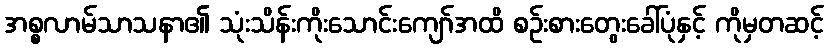
အစ္စလာမ်သာသနာ၏ သုံးသိန်းကိုးသောင်းကျော်အထိ စဉ်းစားတွေးခေါ်ပုံနှင့် ကိုမှတဆင့်